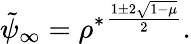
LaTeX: \tilde{\psi}_{\infty}={\rho^{*}}^{\frac{1\pm 2\sqrt{1-\mu}}{2}}.